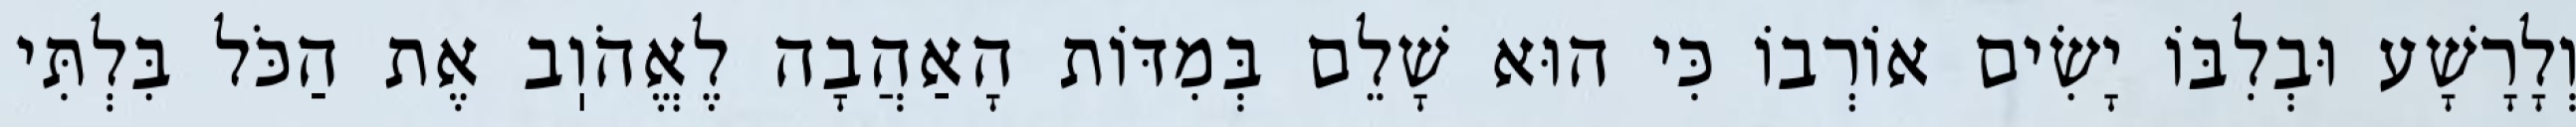
וְלָרָשָׁע וּבְלִבּוֹ יָשִׂים אוֹרְבוֹ כִּי הוּא שָׁלֵם בְּמִדּוֹת הָאַהֲבָה לֶאֱהֹוֽב אֶת הַכֹּל בִּלְתִּי